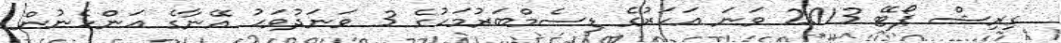
ގިރިޝް ޕޯޓޭ 2013 ވަނަ އަހަރުގެ ޑިސެމްބަރުމަހުގެ 3 ވަނަދުވަހު އޭނާގެ އަންހެނުން